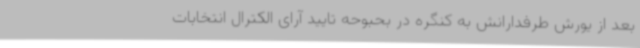
بعد از یورش طرفدارانش به کنگره در بحبوحه تایید آرای الکترال انتخابات